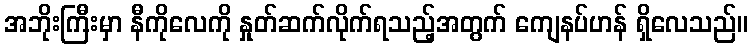
အဘိုးကြီးမှာ နီကိုလေကို နှုတ်ဆက်လိုက်ရသည့်အတွက် ကျေနပ်ဟန် ရှိလေသည်။